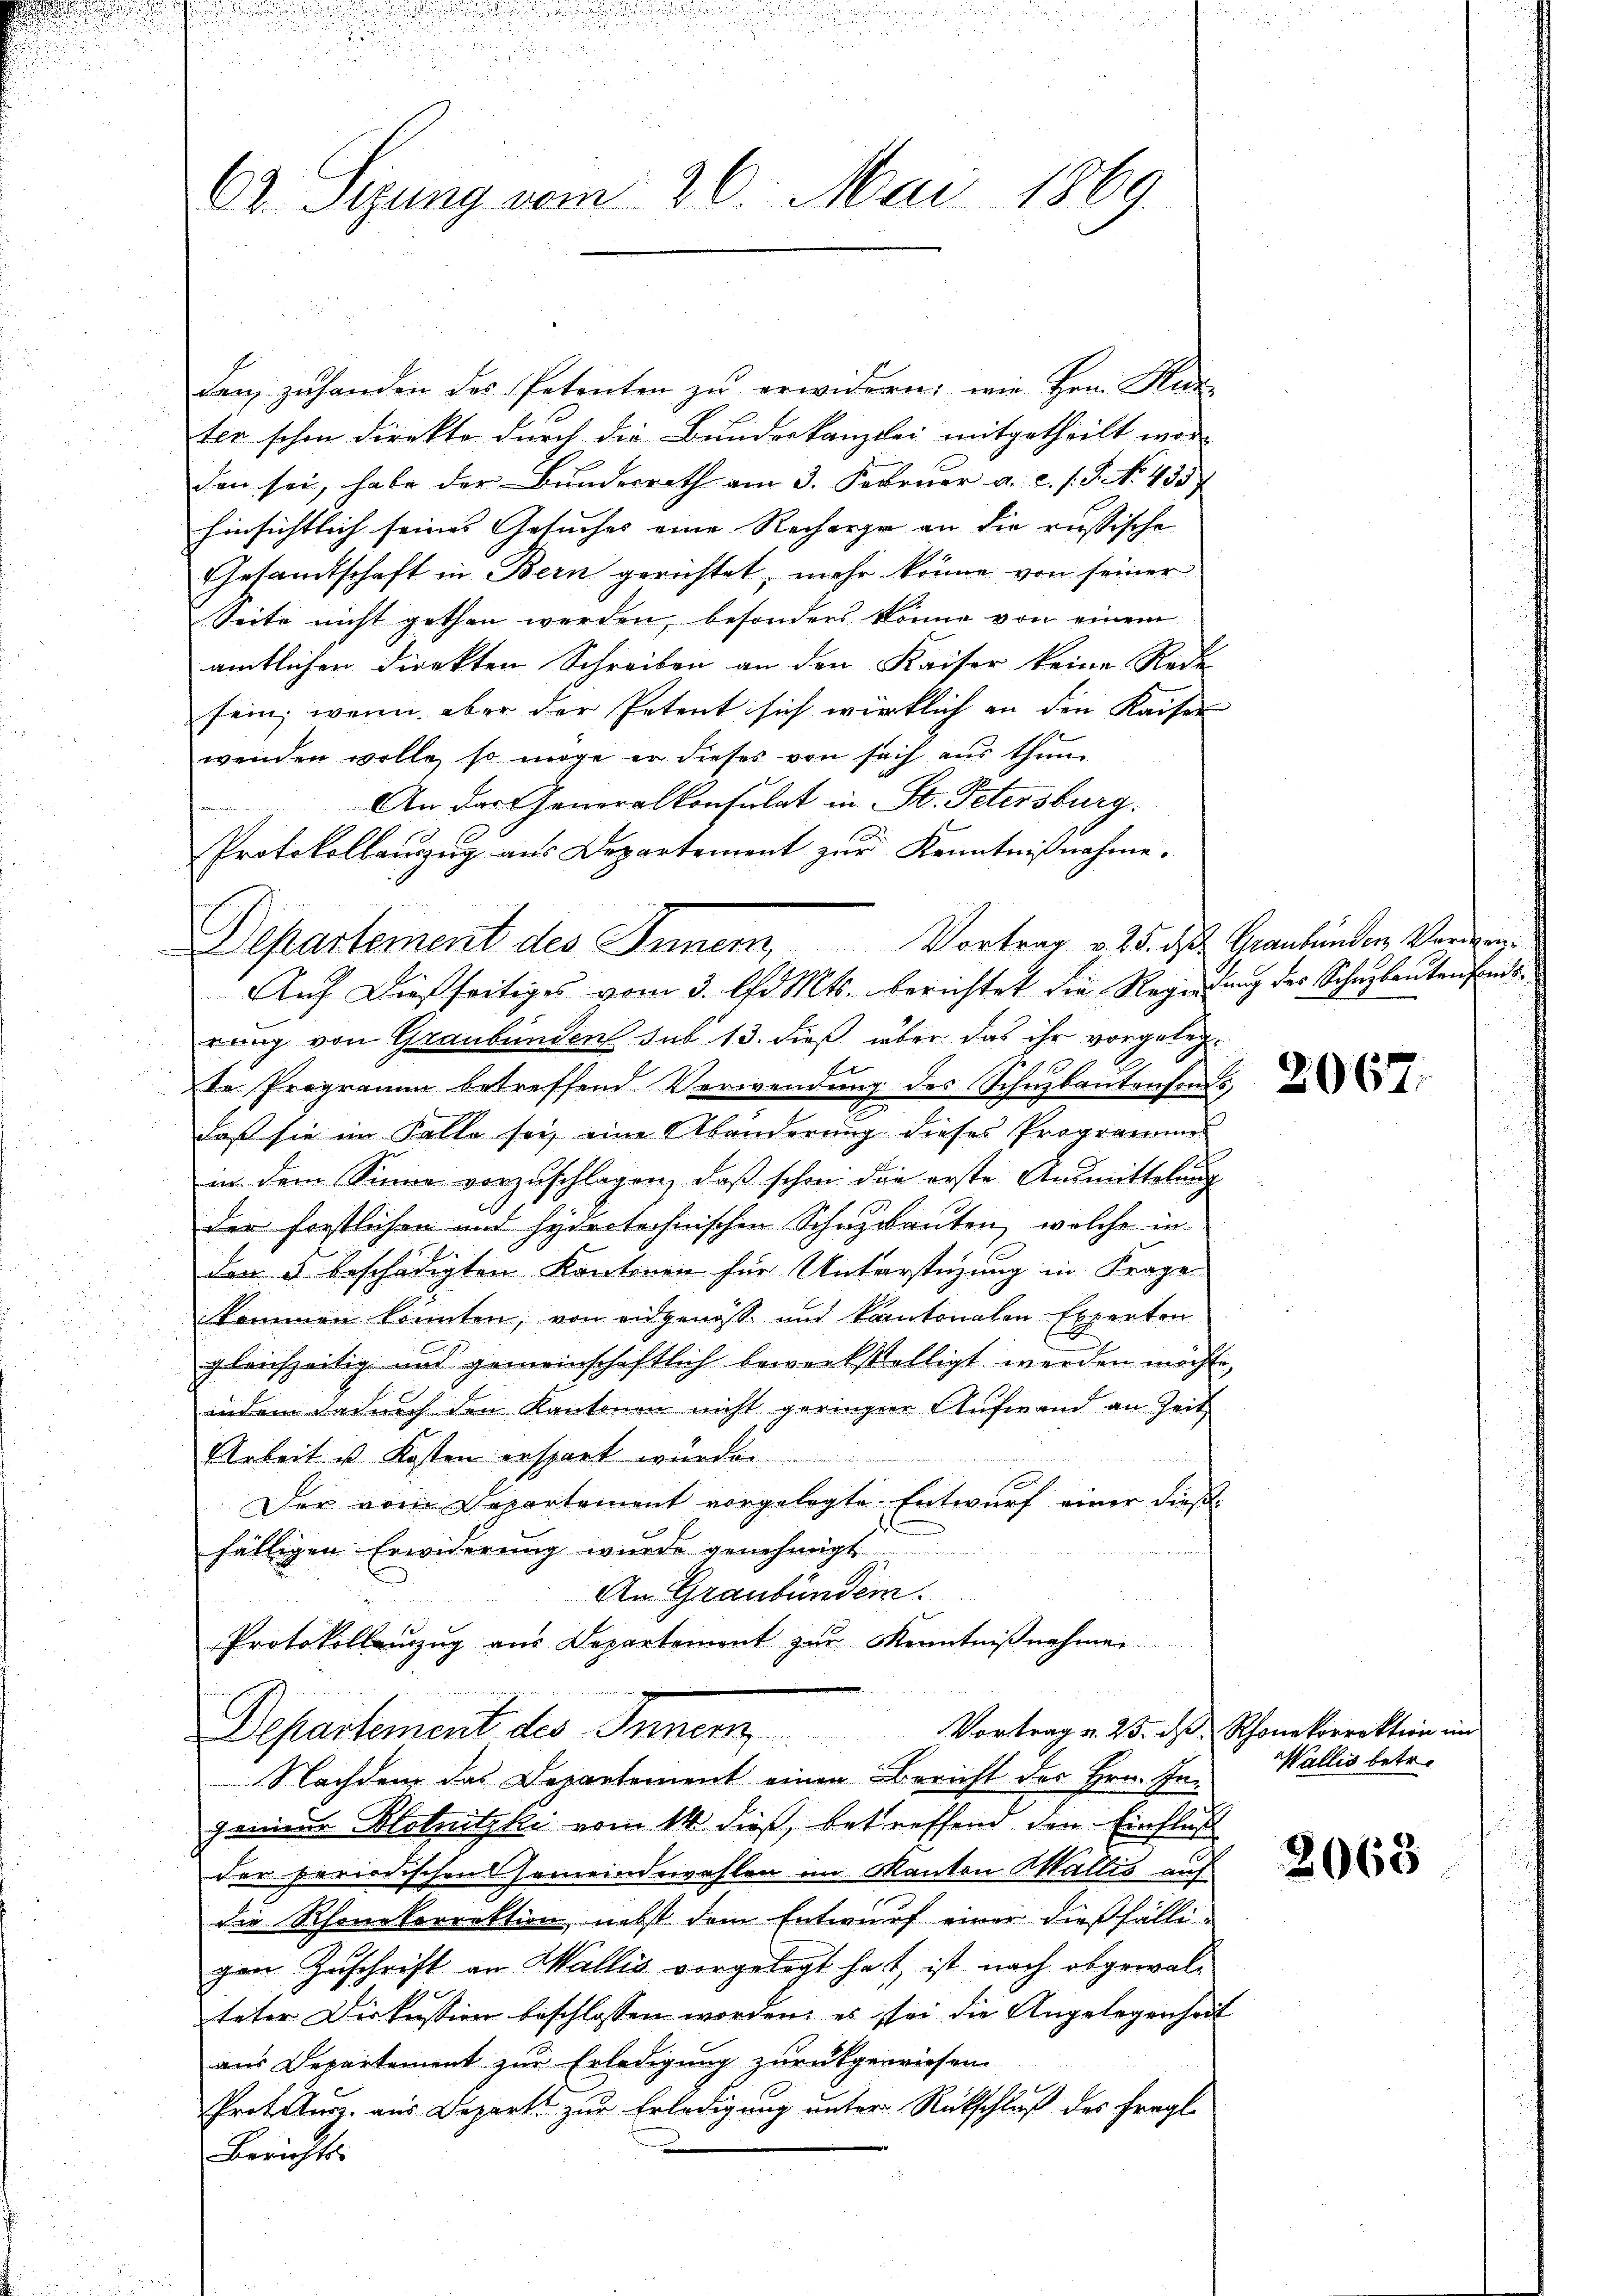
62. Sizung vom 26. Mai 1869.

dan zŭ handen des Petenten zŭ erwidern: wie Hrn. Kur
ter schon direkte durch die Bunderkanzlei mitgetheilt wor-
den sei, habe der Bundesrath am 3. Februar a. c. s. S. No. 435
hinsichtlich seines Gesuches eine Recherer an die russische
Gesamtschaft in Bern gerichtet, mehr könne von seiner
Seite nicht gethan werden, besonders könne von einem
amtlichen Direkten Schreiben an den Kaiser keine Rede
sein, wenn aber der Petent sich wirklich an den Kaiser
wenden wolle, so möge er dieses von sich aus thun
An der Generalkonsulat in St. Petersburg.
Protokollauszug aus Departement zur Kenntnißnahme.
Departement des Inner,
rung von Graubünden sub 13. dieß über das ihr vorgelegte Programm betreffend Verwendung des Schuzbantenfonds,
daß sie im Falle sei, eine Abänderung dieses Programmer
in dem Sinne vorzuschlagen, daß schon die erste Ausmittelung
des forstlichen und hydestechnischen Schnydanten, welche in
den 3 beschädigten Kantonen für Unterstüzung in Frage
kommen könnten, von eidgenoss und kantonalen Experten
gleichzeitig und gemeinschaftlich bewerkstelligt werden möchte,
indem dadurch den Kantonen nicht geringer Aufwand an Zeit
Arbeit u Kosten erspart würde.
Der vom Departement vorgelegte Entwurf einer dießl
fälligen Erwiderŭng wurde genehmigt
An Graubünden.
Protokollenzug aus Departemont zŭr Kenntniβnahmen
Vortrag v. 23. ds. Rhonekorrektion im
Departement des Inner
Nachdem das Departement einen Bericht des Hrn. Ingenieur Hotnitzki vom 14. dieß, betreffend den Einfluß

der periodischen Gemeindewahlen im Kanton Wallis auf
die Rhonekorrektion, nebst dem Entwurf einer dießfälli-
gen Zuschrift an Wallis vorgelegt hat, ist nach abgewalteter Diskussion beschlossen worden, es sei die Angelegenheit
aus Departement zur Erledigung zurückgewiesen.
Protokurz aus Depart zur Erledigung unter Rückschluß des fragl
Berichts

Auf dießseitiges vom 3. Ad Mts. berichtet die Regierung des Schulantenfonds¬

Vortrag v. 25. ds Graubünden Vorweg

1

2067.

Wallis betr.

2068